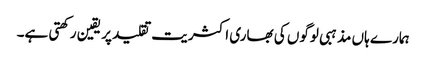
ہمارے ہاں مذہبی لوگوں کی بھاری اکثریت تقلید پر یقین رکھتی ہے۔